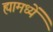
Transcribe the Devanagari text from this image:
ह्यामध्यें